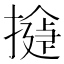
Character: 𢵂